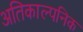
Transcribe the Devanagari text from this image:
अतिकाल्पनिक